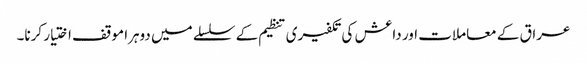
عراق کے معاملات اور داعش کی تکفیری تنظیم کے سلسلے میں دوہرا موقف اختیار کرنا۔